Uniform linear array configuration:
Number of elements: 32
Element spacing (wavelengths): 1
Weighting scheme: exponential
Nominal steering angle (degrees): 30
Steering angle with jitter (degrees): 31.406
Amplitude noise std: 0.05
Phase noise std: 0.05

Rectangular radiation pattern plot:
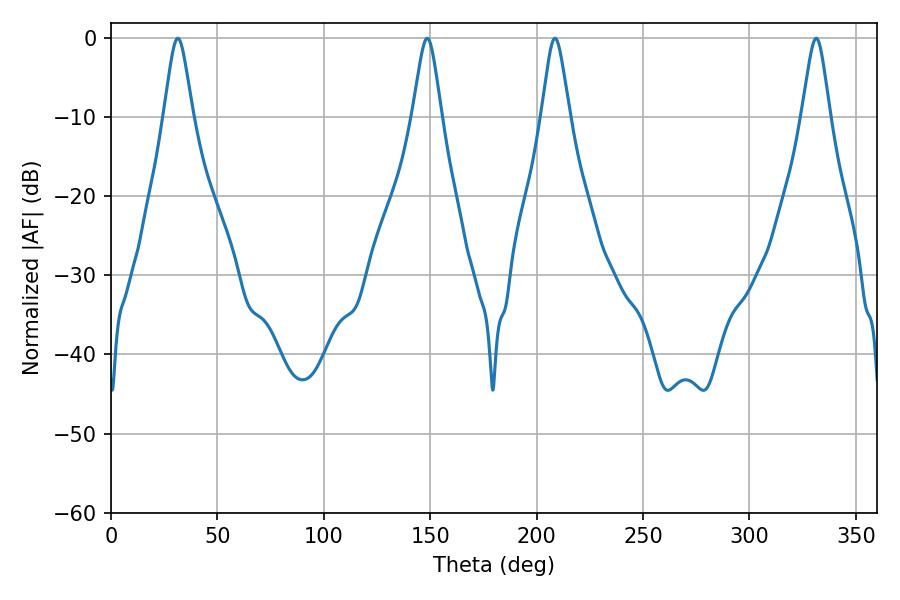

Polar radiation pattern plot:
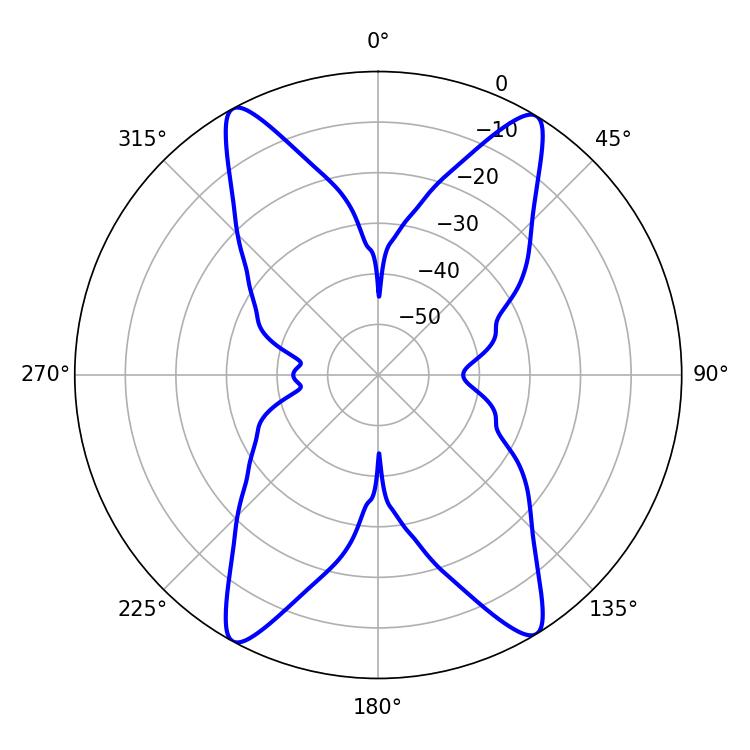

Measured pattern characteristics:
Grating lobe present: TRUE
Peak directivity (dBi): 20.948
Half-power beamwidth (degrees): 6.3
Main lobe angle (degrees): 331.38